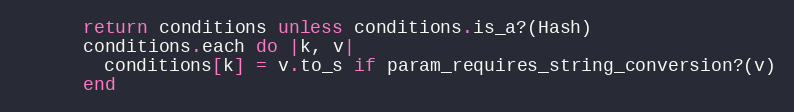
Language: Ruby
      return conditions unless conditions.is_a?(Hash)
      conditions.each do |k, v|
        conditions[k] = v.to_s if param_requires_string_conversion?(v)
      end